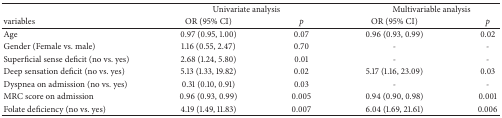
<table><thead><tr><td><b> </b></td><td colspan="2"><b>Univariate analysis</b></td><td colspan="2"><b>Multivariable analysis</b></td></tr><tr><td><b>variables</b></td><td><b>OR (95% CI)</b></td><td><b><i>p</i></b></td><td><b>OR (95% CI)</b></td><td><b><i>p</i></b></td></tr></thead><tbody><tr><td>Age</td><td>0.97 (0.95, 1.00)</td><td>0.07</td><td>0.96 (0.93, 0.99)</td><td>0.02</td></tr><tr><td>Gender (Female vs. male)</td><td>1.16 (0.55, 2.47)</td><td>0.70</td><td>-</td><td>-</td></tr><tr><td>Superficial sense deficit (no vs. yes)</td><td>2.68 (1.24, 5.80)</td><td>0.01</td><td>-</td><td>-</td></tr><tr><td>Deep sensation deficit (no vs. yes)</td><td>5.13 (1.33, 19.82)</td><td>0.02</td><td>5.17 (1.16, 23.09)</td><td>0.03</td></tr><tr><td>Dyspnea on admission (no vs. yes)</td><td>0.31 (0.10, 0.91)</td><td>0.03</td><td>-</td><td>-</td></tr><tr><td>MRC score on admission</td><td>0.96 (0.93, 0.99)</td><td>0.005</td><td>0.94 (0.90, 0.98)</td><td>0.001</td></tr><tr><td>Folate deficiency (no vs. yes)</td><td>4.19 (1.49, 11.83)</td><td>0.007</td><td>6.04 (1.69, 21.61)</td><td>0.006</td></tr></tbody></table>